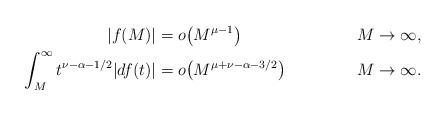
LaTeX: \begin{align*}|f(M)| &= o\big(M^{\mu-1}\big) & M\to \infty, \\\int_M^\infty t^{\nu-\alpha-1/2}|df(t)| &= o\big(M^{\mu+\nu-\alpha-3/2}\big) & M\to\infty. \end{align*}